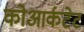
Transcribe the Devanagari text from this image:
कोआर्कटेट